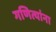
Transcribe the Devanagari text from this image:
गणित्यांना